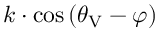
k \cdot \cos { ( \theta _ { \mathrm { V } } - \varphi ) }